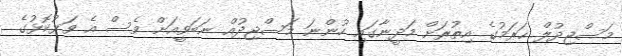
މަސްޖިދުލް ޙަރަމުގެ އިތުރަށް މަދީނާގައި ހުންނަ މަސްޖިދުއް ނަބަވީއަށް ވެސް އެ ވަޅުކޮޅުގެ